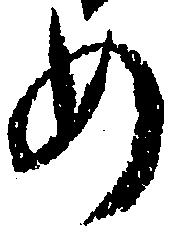
め